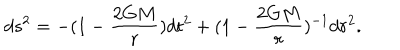
d s ^ { 2 } = - ( 1 - \frac { 2 G M } { r } ) d t ^ { 2 } + ( 1 - \frac { 2 G M } { r } ) ^ { - 1 } d r ^ { 2 } .